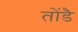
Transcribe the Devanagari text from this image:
तोंडै